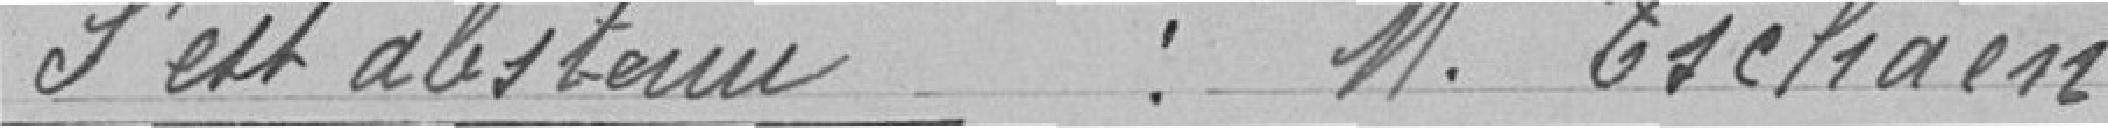
S'est abstenu : Monsieur Eschaen